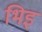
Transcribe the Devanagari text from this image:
भिइ